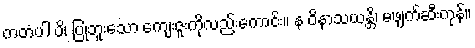
ကတံပါ ပိ၊ ပြုဘူးသော ကျေးဇူးကိုလည်းကောင်း။ န ဝိနာသယန္တိ၊ မဖျက်ဆီးကုန်။